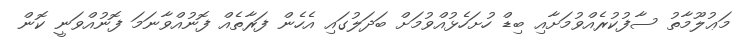
މަޢުލޫމާތު ސާފުކުރެއްވުމަށާއި ބިޑް ހުށަހެޅުއްވުމަށް ބަދަލުގައި އެހެން ފަރާތެއް ފޮނުއްވާނަމަ ފޮނުއްވަނީ ކޮން